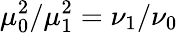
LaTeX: \mu_{0}^{2}/\mu_{1}^{2}=\nu_{1}/\nu_{0}